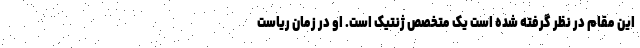
این مقام در نظر گرفته شده است یک متخصص ژنتیک است. او در زمان ریاست